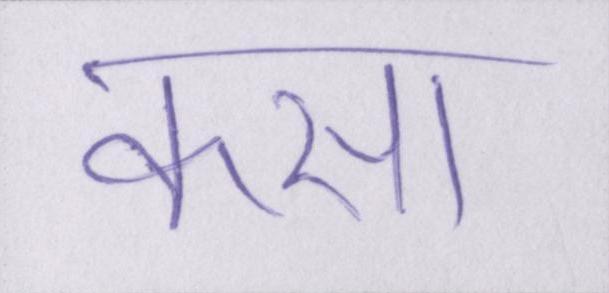
कसा